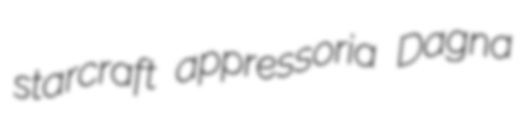
starcraft appressoria Dagna